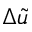
\Delta \tilde { u }